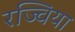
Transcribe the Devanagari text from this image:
रज्विया